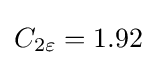
C_{2\varepsilon }=1.92